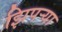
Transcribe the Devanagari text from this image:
झिपऱ्या